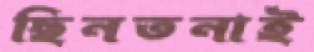
ছিনতনাই